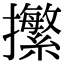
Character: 㩯